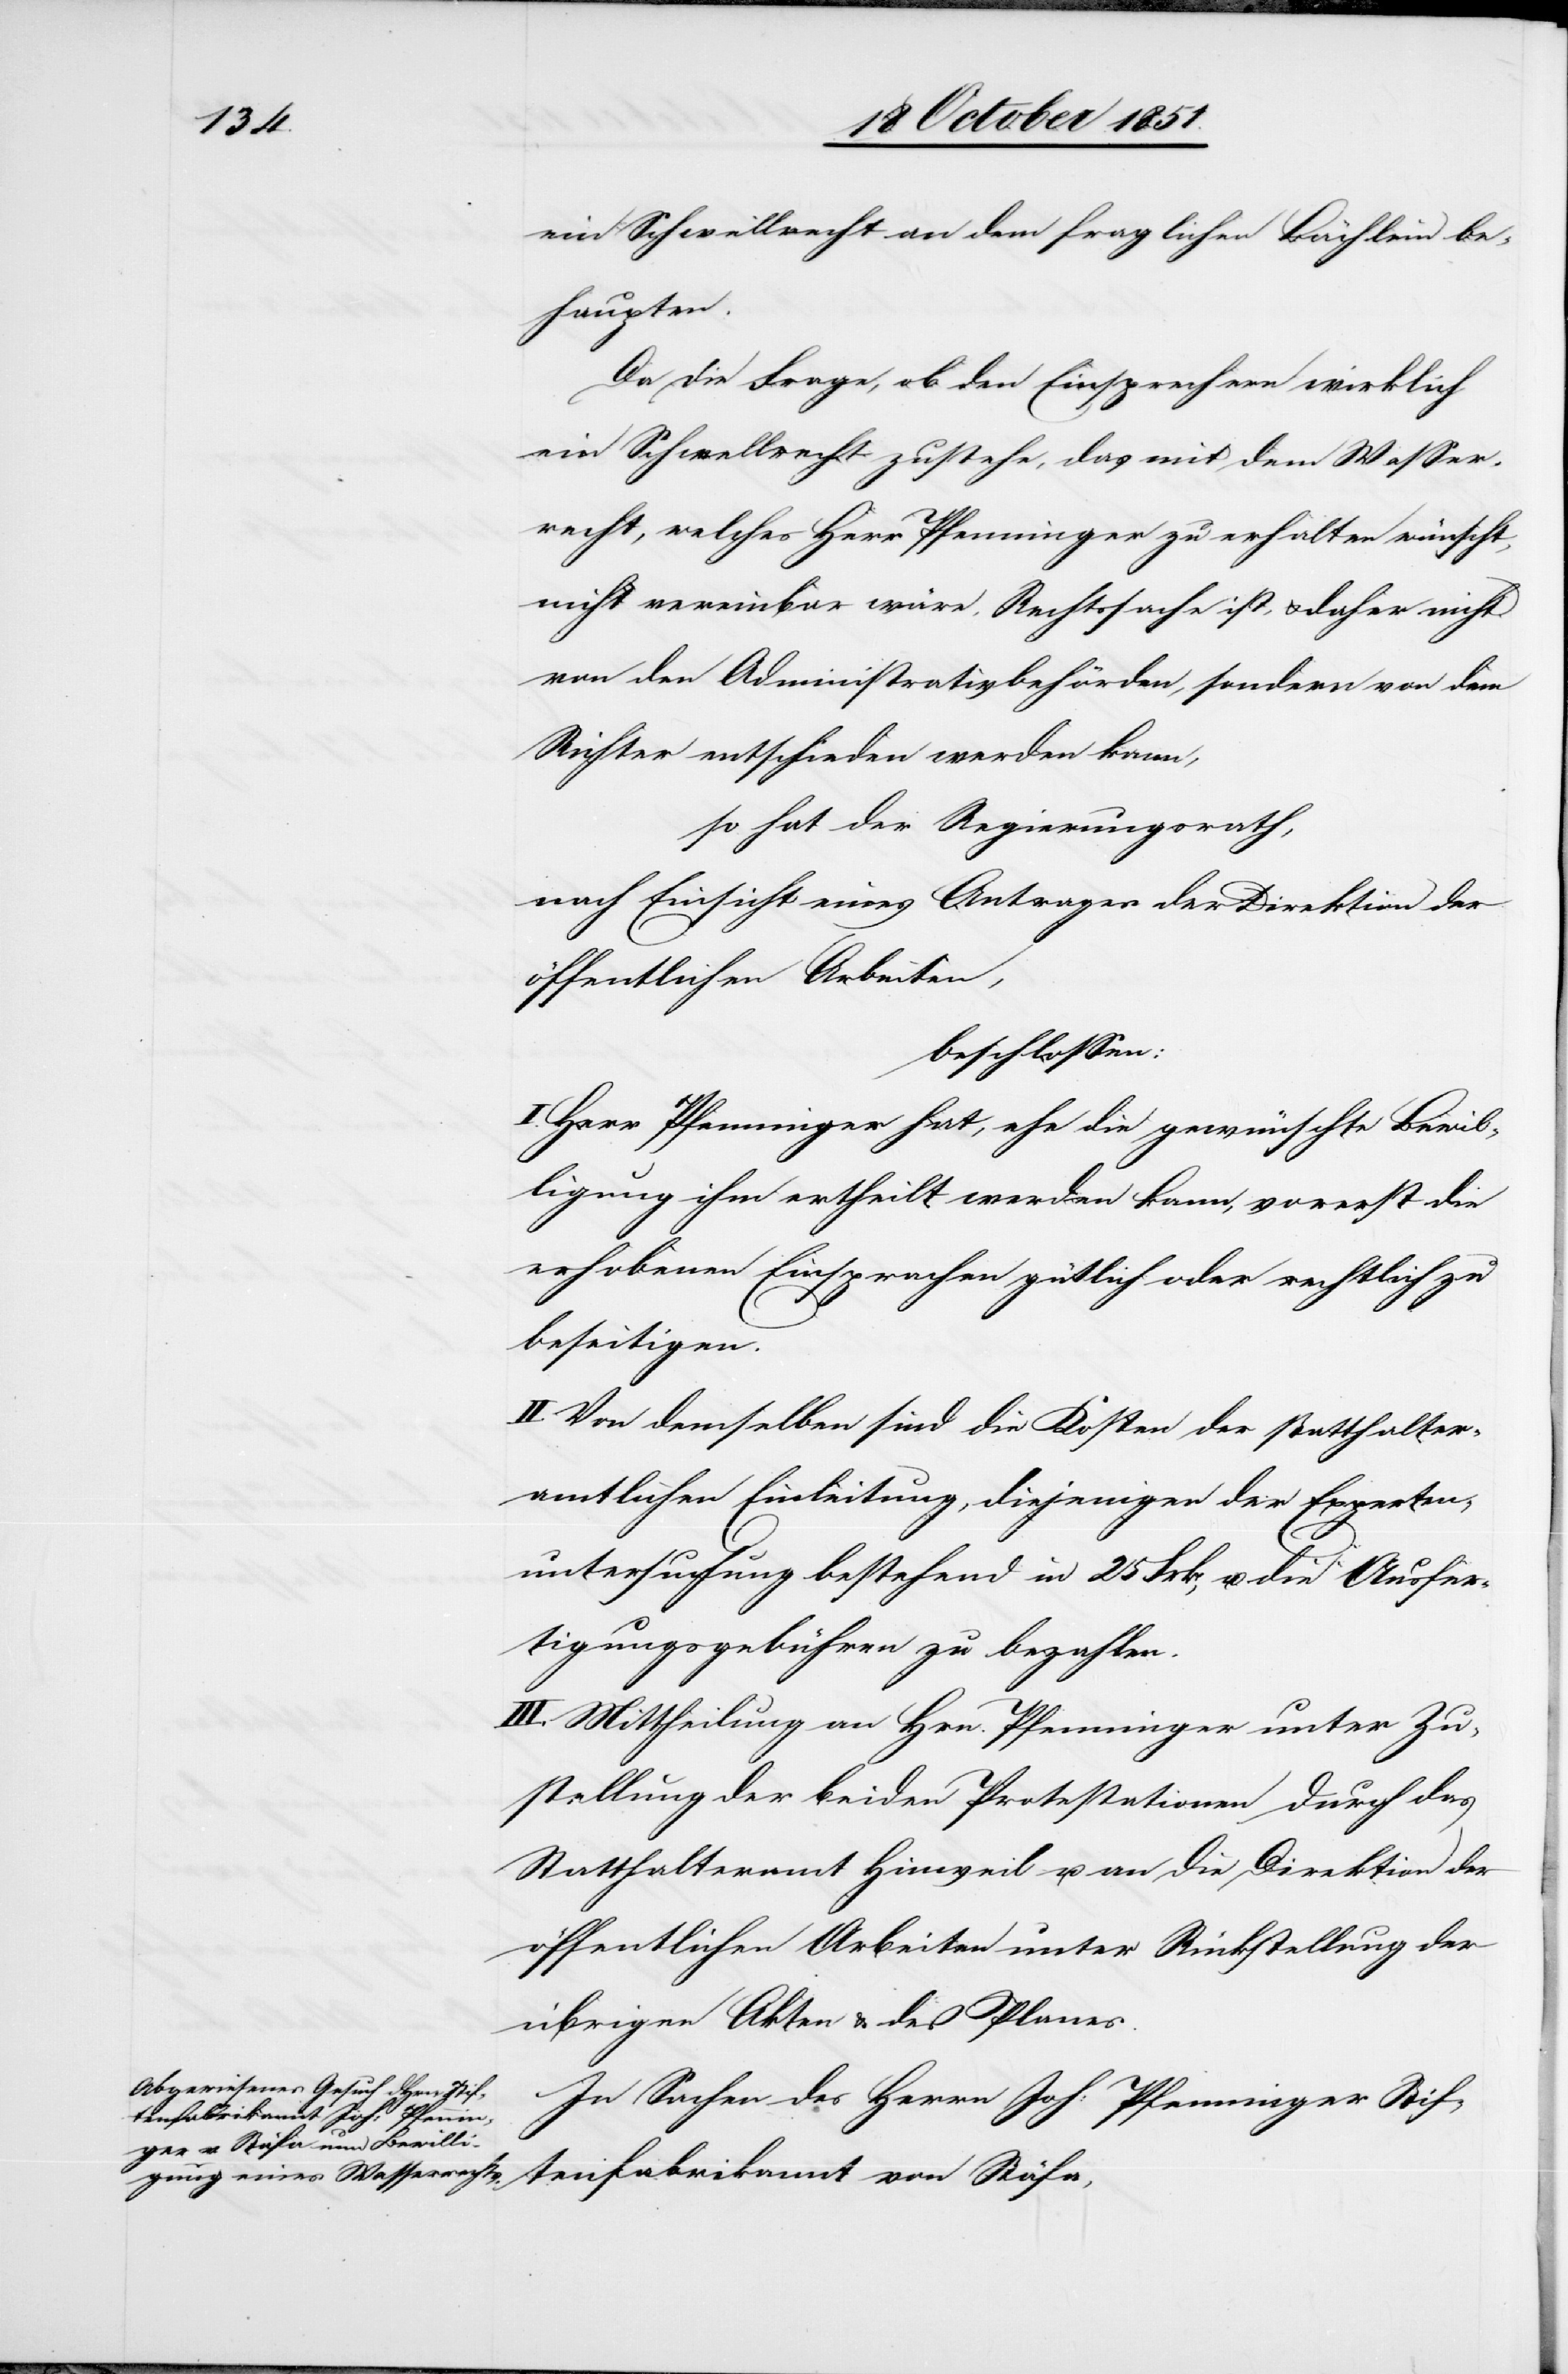
ein Schwellrecht an dem fraglichen Bächlein be¬
haupten.
Da die Frage, ob den Einsprechern wirklich
ein Schwellrecht zustehe, das mit dem Wasser¬
recht, welches Herr Pfenninger zu erhalten wünscht,
nicht vereinbar wäre, Rechtssache ist, & daher nicht
von den Administrativbehörden, sondern von dem
Richter entschieden werden kann,
so hat der Regierungsrath,
nach Einsicht eines Antrages der Direktion der
öffentlichen Arbeiten,
beschlossen:
Herr Pfenninger hat, ehe die gewünschte Bewil¬
ligung ihm ertheilt werden kann, vorerst die
erhobenen Einsprachen gütlich oder rechtlich zu
beseitigen.
II. Von demselben sind die Kosten der statthalter¬
amtlichen Einleitung, diejenigen der Experten¬
untersuchung bestehend in 25 Frk, u. die Ausfer¬
tigungsgebühren zu bezahlen.
III. Mittheilung an Hrn. Pfenninger unter Zu¬
stellung der beiden Protestationen durch das
Statthalteramt Hinweil u. an die Direktion der
öffentlichen Arbeiten unter Rückstellung der
übrigen Akten & des Planes.
In Sachen des Herrn Joh: Pfenninger Stif¬
tenfabrikannt von Stäfa,